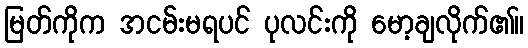
မြတ်ကိုက အငမ်းမရပင် ပုလင်းကို မော့ချလိုက်၏။